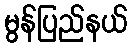
မွန်ပြည်နယ်